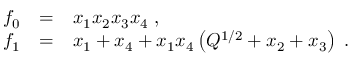
\begin{array} { l l l } { { f _ { 0 } } } & { { = } } & { { x _ { 1 } x _ { 2 } x _ { 3 } x _ { 4 } \; , } } \\ { { f _ { 1 } } } & { { = } } & { { x _ { 1 } + x _ { 4 } + x _ { 1 } x _ { 4 } \left( Q ^ { 1 / 2 } + x _ { 2 } + x _ { 3 } \right) \; . } } \end{array}